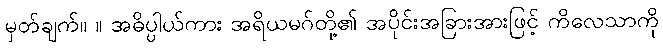
မှတ်ချက်။ ။ အဓိပ္ပါယ်ကား အရိယမဂ်တို့၏ အပိုင်းအခြားအားဖြင့် ကိလေသာကို